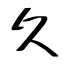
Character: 久